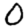
Digit: 0